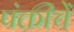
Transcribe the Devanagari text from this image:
पंक्तीचें